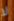
لا